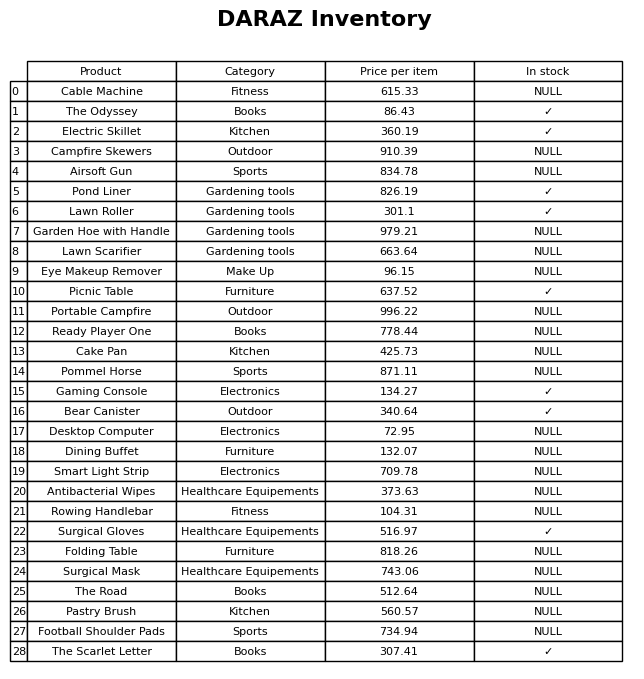
question: What is the price of the Pommel Horse?
answer: The price of Pommel Horse is 871.11.